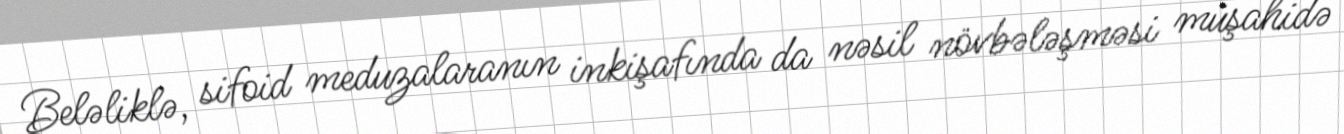
Beləliklə, sifoid meduzalaranın inkişafında da nəsil növbələşməsi müşahidə